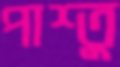
পাশ্তু